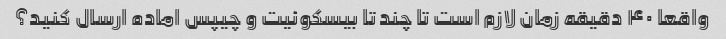
واقعا ۴۰ دقیقه زمان لازم است تا چند تا بیسکوئیت و چیپس اماده ارسال کنید؟